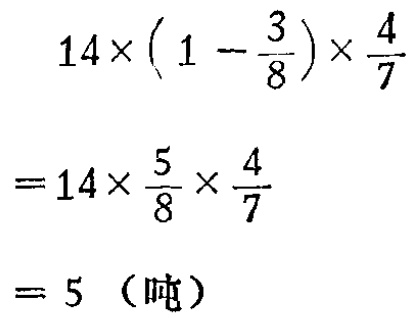
\[

\begin{align*}

&14\times(1 - \frac{3}{8})\times\frac{4}{7}\\

=&14\times\frac{5}{8}\times\frac{4}{7}\\

=&5 \text{（吨）}

\end{align*}

\]